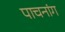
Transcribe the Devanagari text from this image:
पाचनांग